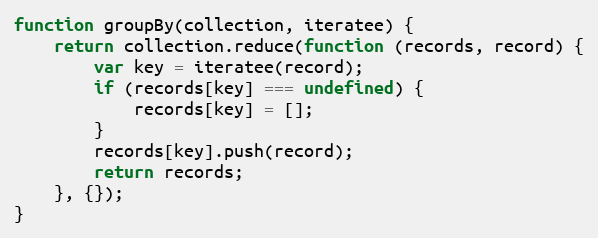
Language: JavaScript
function groupBy(collection, iteratee) {
    return collection.reduce(function (records, record) {
        var key = iteratee(record);
        if (records[key] === undefined) {
            records[key] = [];
        }
        records[key].push(record);
        return records;
    }, {});
}